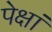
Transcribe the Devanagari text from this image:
पेक्षां